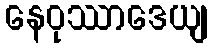
နေဝုဿာဒေယျ